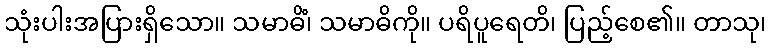
သုံးပါးအပြားရှိသော။ သမာဓိံ၊ သမာဓိကို။ ပရိပူရေတိ၊ ပြည့်စေ၏။ တာသု၊